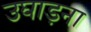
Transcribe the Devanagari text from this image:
उघाड़ना